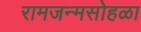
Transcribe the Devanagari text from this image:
रामजन्मसोहळा